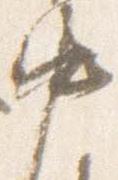
中